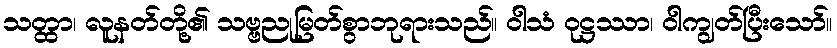
သတ္ထာ၊ လူနတ်တို့၏ သဗ္ဗညုမြတ်စွာဘုရားသည်။ ဝါသံ ဝုဋ္ဌဿာ၊ ဝါကျွတ်ပြီးသော်။